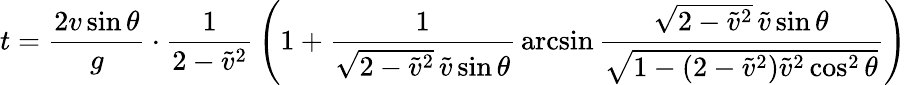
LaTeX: t={\frac{2v\sin\theta}{g}}\cdot{\frac{1}{2-{\tilde{v}}^{2}}}\left(1+{\frac{1}{{\sqrt{2-{\tilde{v}}^{2}}}\, {\tilde{v}}\sin\theta}}\arcsin{\frac{{\sqrt{2-{\tilde{v}}^{2}}}\, {\tilde{v}}\sin\theta}{\sqrt{1-\left(2-{\tilde{v}}^{2}\right){\tilde{v}}^{2}\cos^{2}\theta}}}\right)